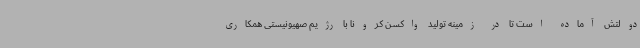
دولتش آماده است تا در زمینه تولید واکسن کرونا با رژیم صهیونیستی همکاری